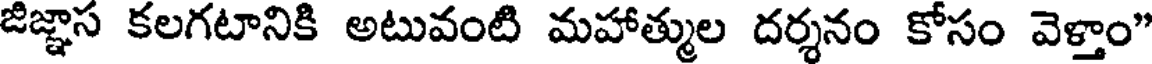
జిజ్ఞాస కలగటానికి అటువంటి మహాత్ముల దర్శనం కోసం వెళ్తాం"